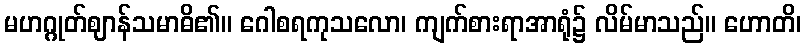
မဟဂ္ဂုတ်ဈာန်သမာဓိ၏။ ဂေါစရကုသလော၊ ကျက်စားရာအာရုံ၌ လိမ်မာသည်။ ဟောတိ၊